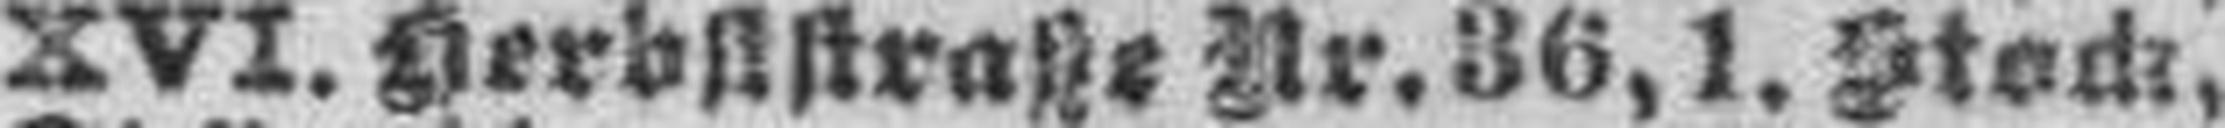
XVI. Herbststraße Nr. 36, 1. Stock.